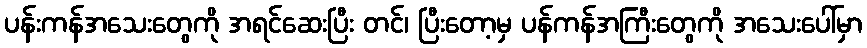
ပန်းကန်အသေးတွေကို အရင်ဆေးပြီး တင်၊ ပြီးတော့မှ ပန်ကန်အကြီးတွေကို အသေးပေါ်မှာ